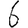
Digit: 6